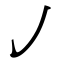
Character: ㇢